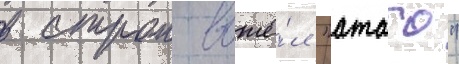
в строи вошё́л "атаго"